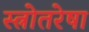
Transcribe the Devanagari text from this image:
स्त्रोतरेषा